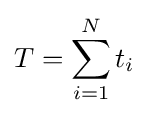
T=\sum \limits _{i=1}^{N}{t_{i}}